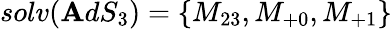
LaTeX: solv(\mathbf{A}dS_{3})=\left\{ M_{23},M_{+0},M_{+1}\right\}